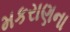
મકરાણના